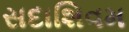
સદાશિવમ